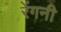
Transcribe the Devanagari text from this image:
रेंगनी